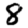
Digit: 8